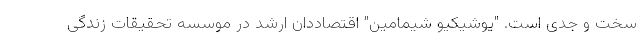
سخت و جدی است. "یوشیکیو شیمامین" اقتصاددان ارشد در موسسه تحقیقات زندگی